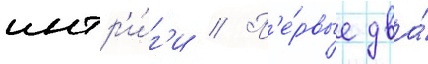
интр'и́г'и // П'е́рвые два́